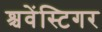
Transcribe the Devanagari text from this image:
श्चवेंस्टिगर